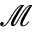
\mathcal { M }